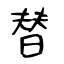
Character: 替